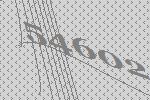
54602